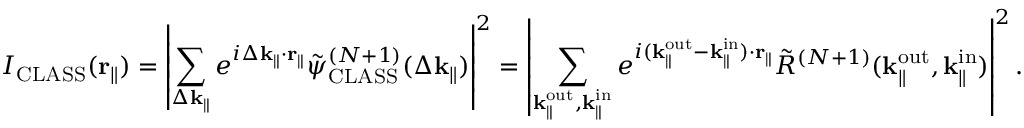
I _ { \mathrm { C L A S S } } ( \mathbf { r } _ { \parallel } ) = \left| \sum _ { \Delta \mathbf { k } _ { \parallel } } e ^ { i \Delta \mathbf { k } _ { \parallel } \cdot \mathbf { r } _ { \parallel } } \Tilde { \psi } _ { \mathrm { C L A S S } } ^ { ( N + 1 ) } ( \Delta \mathbf { k } _ { \parallel } ) \right| ^ { 2 } = \left| \sum _ { \mathbf { k } _ { \parallel } ^ { \mathrm { o u t } } , \mathbf { k } _ { \parallel } ^ { \mathrm { i n } } } e ^ { i ( \mathbf { k } _ { \parallel } ^ { \mathrm { o u t } } - \mathbf { k } _ { \parallel } ^ { \mathrm { i n } } ) \cdot \mathbf { r } _ { \parallel } } \Tilde { R } ^ { ( N + 1 ) } ( { \mathbf { k } _ { \parallel } ^ { \mathrm { o u t } } } , \mathbf { k } _ { \parallel } ^ { \mathrm { i n } } ) \right| ^ { 2 } .